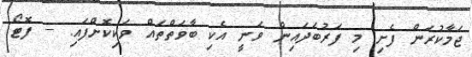
ޖަމާކުރަން ފެށި މި ފަރުބަދައިން ވަނީ އެކި ބާވަތްތައް ވަކިކޮށްފައި. -- ފޮޓޯ: